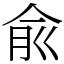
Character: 兪